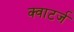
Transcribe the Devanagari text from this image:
क्वाटर्ज